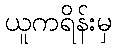
ယူကရိန်းမှ